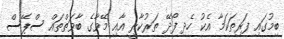
ބިމުގައި ފަރިތަކަމާ އެކު ހެދި ފޯދޭ ތަރުކާރީ އާއި މޭވާގެ ބާވަތްތައް ސްޕޭސް